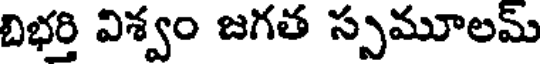
బిభర్తి విశ్వం జగత స్సమూలమ్